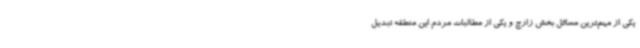
یکی از مهم‌ترین مسائل بخش زارچ و یکی از مطالبات مردم این منطقه تبدیل‌